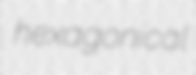
hexagonical